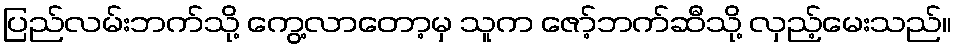
ပြည်လမ်းဘက်သို့ ကွေ့လာတော့မှ သူက ဇော့်ဘက်ဆီသို့ လှည့်မေးသည်။